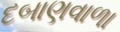
દબાણવાળા